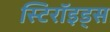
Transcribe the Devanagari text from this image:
स्टिरॉइड्स